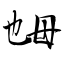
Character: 乸